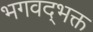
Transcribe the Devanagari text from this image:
भगवद्‌भक्त